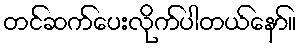
တင်ဆက်ပေးလိုက်ပါတယ်နော်။